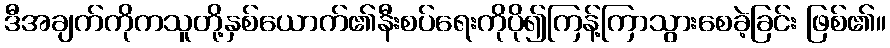
ဒီအချက်ကိုကသူတို့နှစ်ယောက်၏နီးစပ်ရေးကိုပို၍ကြန့်ကြာသွားစေခဲ့ခြင်း ဖြစ်၏။